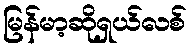
မြန်မာ့ဆိုရှယ်လစ်